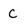
Character: C